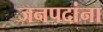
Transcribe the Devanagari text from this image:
जनपदांना